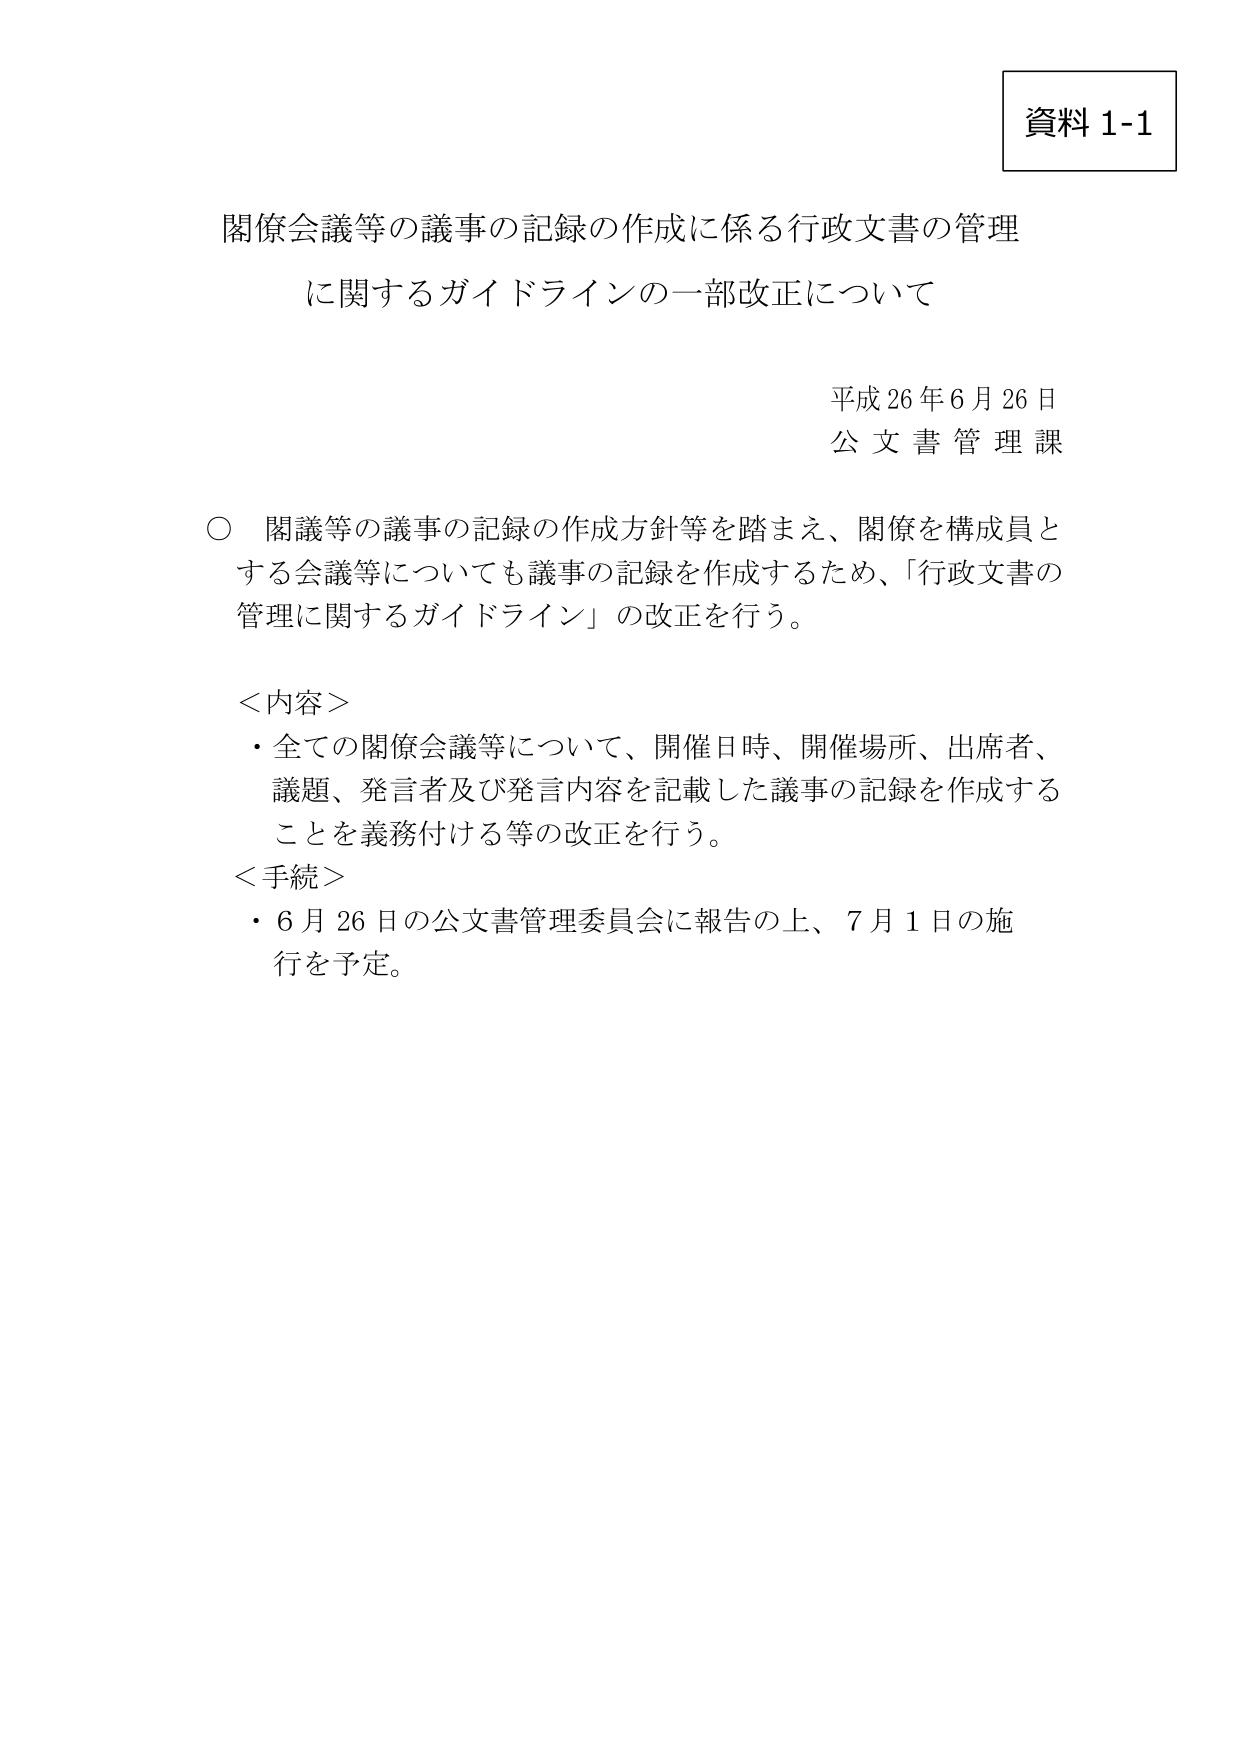
資料 1-1

閤僚会議等の議事の記録の作成に係る行政文書の管理
に関するガイドラインの一部改正について

平成26年6月26日
公文書管理課

○ 閣議等の議事の記録の作成方針等を踏まえ、閣僚を構成員と
する会議等についても議事の記録を作成するため、「行政文書の
管理に関するガイドライン」の改正を行う。

＜内容＞
・全ての閣僚会議等について、開催日時、開催場所、出席者、
議題、発言者及び発言内容を記載した議事の記録を作成する
ことを義務付ける等の改正を行う。
＜手続＞
・6月26日の公文書管理委員会に報告の上、7月1日の施
行を予定。